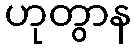
ဟုတွာန